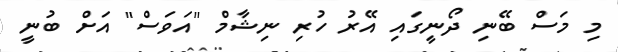
މި މަސް ބޭނި ދޯނީގައި އޭރު ހުރި ނިޝާމް "އަވަސް" އަށް ބުނީ